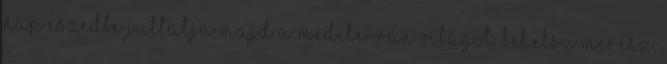
nap eszedbe juttatja majd a mediterrán világot. Lehetsz merész,